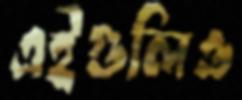
এইগুলিও